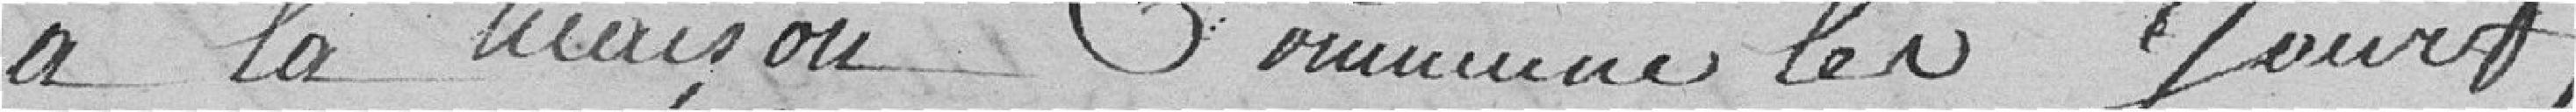
à la maison Commune les Jours,